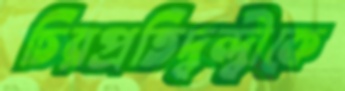
চিরপ্রতিদ্বন্দ্বীকে